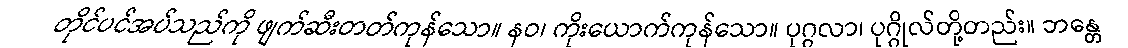
တိုင်ပင်အပ်သည်ကို ဖျက်ဆီးတတ်ကုန်သော။ နဝ၊ ကိုးယောက်ကုန်သော။ ပုဂ္ဂလာ၊ ပုဂ္ဂိုလ်တို့တည်း။ ဘန္တေ